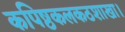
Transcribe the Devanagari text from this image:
कपिष्ठकलकठशाखा।